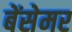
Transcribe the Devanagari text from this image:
बेंसेमर